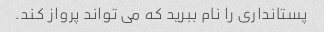
پستانداری را نام ببرید که می تواند پرواز کند.